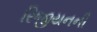
રિજીયનની